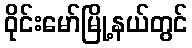
ဝိုင်းမော်မြို့နယ်တွင်